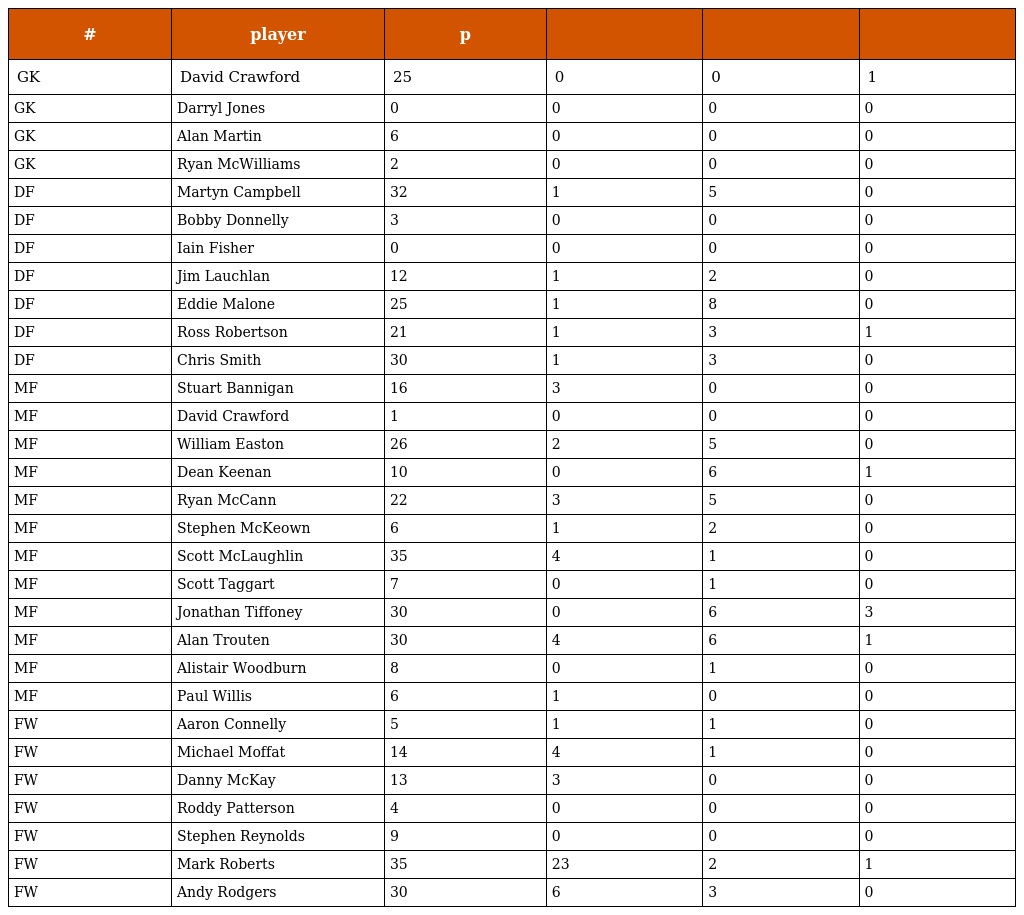
| # | player | p |  |  |  |
 | --- | --- | --- | --- | --- | --- |
 | GK | David Crawford | 25 | 0 | 0 | 1 |
 | GK | Darryl Jones | 0 | 0 | 0 | 0 |
 | GK | Alan Martin | 6 | 0 | 0 | 0 |
 | GK | Ryan McWilliams | 2 | 0 | 0 | 0 |
 | DF | Martyn Campbell | 32 | 1 | 5 | 0 |
 | DF | Bobby Donnelly | 3 | 0 | 0 | 0 |
 | DF | Iain Fisher | 0 | 0 | 0 | 0 |
 | DF | Jim Lauchlan | 12 | 1 | 2 | 0 |
 | DF | Eddie Malone | 25 | 1 | 8 | 0 |
 | DF | Ross Robertson | 21 | 1 | 3 | 1 |
 | DF | Chris Smith | 30 | 1 | 3 | 0 |
 | MF | Stuart Bannigan | 16 | 3 | 0 | 0 |
 | MF | David Crawford | 1 | 0 | 0 | 0 |
 | MF | William Easton | 26 | 2 | 5 | 0 |
 | MF | Dean Keenan | 10 | 0 | 6 | 1 |
 | MF | Ryan McCann | 22 | 3 | 5 | 0 |
 | MF | Stephen McKeown | 6 | 1 | 2 | 0 |
 | MF | Scott McLaughlin | 35 | 4 | 1 | 0 |
 | MF | Scott Taggart | 7 | 0 | 1 | 0 |
 | MF | Jonathan Tiffoney | 30 | 0 | 6 | 3 |
 | MF | Alan Trouten | 30 | 4 | 6 | 1 |
 | MF | Alistair Woodburn | 8 | 0 | 1 | 0 |
 | MF | Paul Willis | 6 | 1 | 0 | 0 |
 | FW | Aaron Connelly | 5 | 1 | 1 | 0 |
 | FW | Michael Moffat | 14 | 4 | 1 | 0 |
 | FW | Danny McKay | 13 | 3 | 0 | 0 |
 | FW | Roddy Patterson | 4 | 0 | 0 | 0 |
 | FW | Stephen Reynolds | 9 | 0 | 0 | 0 |
 | FW | Mark Roberts | 35 | 23 | 2 | 1 |
 | FW | Andy Rodgers | 30 | 6 | 3 | 0 |